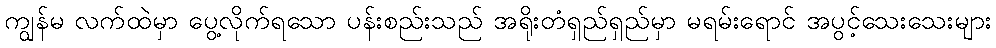
ကျွန်မ လက်ထဲမှာ ပွေ့လိုက်ရသော ပန်းစည်းသည် အရိုးတံရှည်ရှည်မှာ မရမ်းရောင် အပွင့်သေးသေးများ